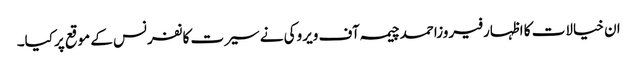
ان خیالات کا اظہارفیروزاحمدچیمہ آف ویروکی نے سیرت کانفرنس کے موقع پرکیا۔